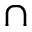
\cap